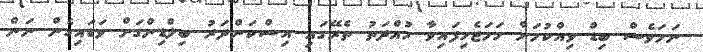
ނަމަވެސް ބިޑް ވިއްކުމަށް ހަމަޖެހިފައިވާ މުއްދަތު ތެރޭގައި އިސްކަންދަރު ބިލްޑިންގަށް ވަޑައިގެން ނަން